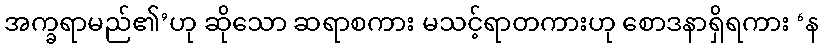
အက္ခရာမည်၏’ဟု ဆိုသော ဆရာစကား မသင့်ရာတကားဟု စောဒနာရှိရကား ‘န